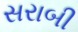
સરાબી